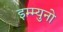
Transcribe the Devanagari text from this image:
इम्म्युनो